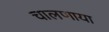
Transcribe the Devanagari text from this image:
चालणाया